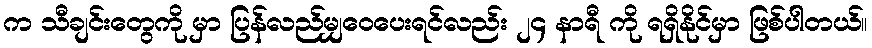
က သီချင်းတွေကို မှာ ပြန်လည်မျှဝေပေးရင်လည်း ၂၄ နာရီ ကို ရရှိနိုင်မှာ ဖြစ်ပါတယ်။